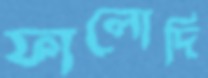
ফালোদি